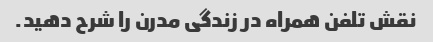
نقش تلفن همراه در زندگی مدرن را شرح دهید.